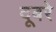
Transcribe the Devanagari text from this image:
दूबरे